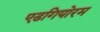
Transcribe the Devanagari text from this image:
एडगियोरम